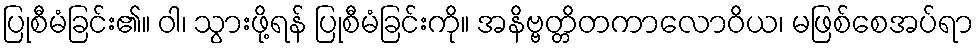
ပြုစီမံခြင်း၏။ ဝါ၊ သွားဖို့ရန် ပြုစီမံခြင်းကို။ အနိဗ္ဗတ္တိတကာလောဝိယ၊ မဖြစ်စေအပ်ရာ